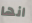
انها